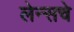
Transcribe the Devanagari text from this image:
लेन्सचे